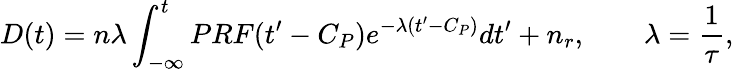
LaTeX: D(t)=n\lambda\int_{-\infty}^{t}PRF(t^{\prime}-C_{P})e^{-\lambda(t^{\prime}-C_{P})}dt^{\prime}+n_{r},\qquad\lambda=\frac{1}{\tau},